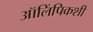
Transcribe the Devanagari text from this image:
ऑलिंपिकशी